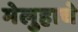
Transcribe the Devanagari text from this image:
मेलुहाचे